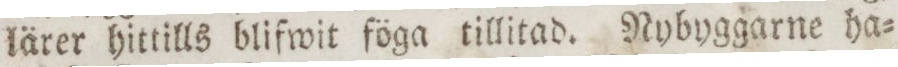
lärer hittills blifwit föga tillitad. Nybyggarne ha=